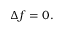
\ \Delta f = 0 .